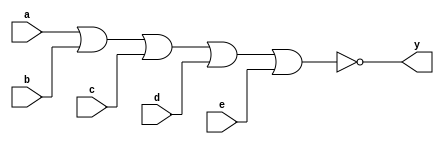
module sn74ls260(y, a, b, c, d, e);
input a, b, c, d, e;
output y;
parameter
	// Motorola databook
	tPLH_min=0, tPLH_typ=5, tPLH_max=15,
	tPHL_min=0, tPHL_typ=5, tPHL_max=15;

	nor #(tPLH_min : tPLH_typ : tPLH_max,
	  tPHL_min : tPHL_typ : tPHL_max)
	(y, a, b, c, d, e);

endmodule